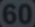
60